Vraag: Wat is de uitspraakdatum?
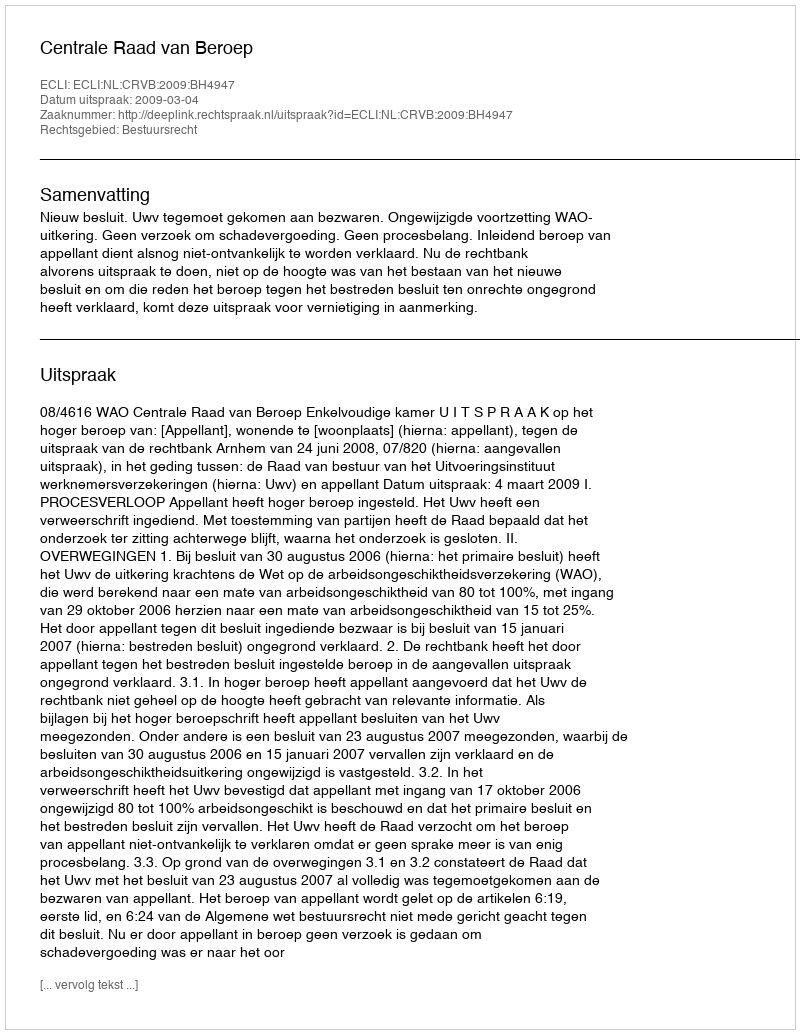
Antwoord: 2009-03-04